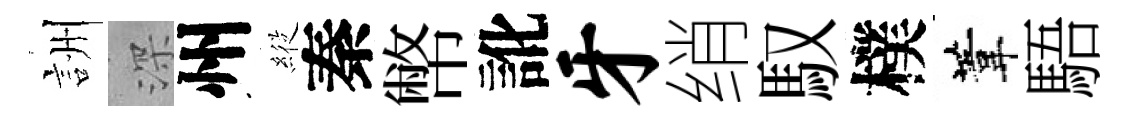
詶深州𦂵秦幣訛牙绡馭樸葦䮏